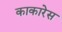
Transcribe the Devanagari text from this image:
काकारेस